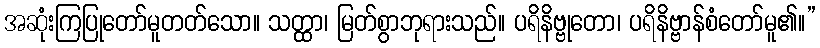
အဆုံးကြပြုတော်မူတတ်သော။ သတ္ထာ၊ မြတ်စွာဘုရားသည်။ ပရိနိဗ္ဗုတော၊ ပရိနိဗ္ဗာန်စံတော်မူ၏။”